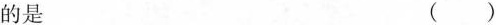
的是 ()